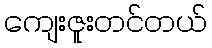
ကျေးဇူးတင်တယ်